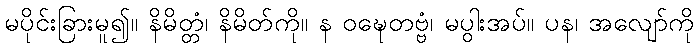
မပိုင်းခြားမူ၍။ နိမိတ္တံ၊ နိမိတ်ကို။ န ဝဍ္ဎေတဗ္ဗံ၊ မပွါးအပ်။ ပန၊ အလျော်ကို